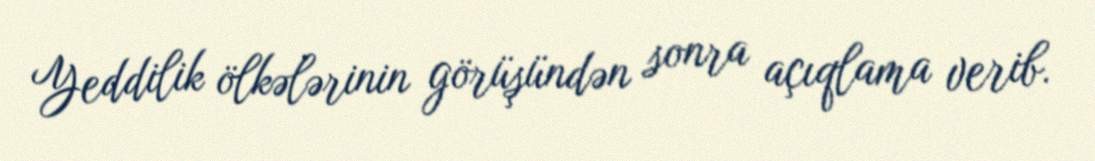
Yeddilik ölkələrinin görüşündən sonra açıqlama verib.